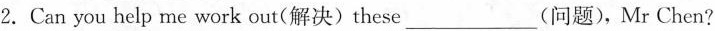
2.Can you help me work out(解决)these___(问题),Mr Chen?